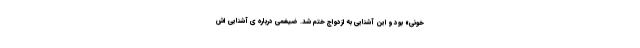
خونی» بود و این آشنایی به ازدواج ختم شد. ضیغمی درباره ی آشنایی اش